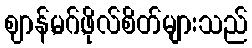
ဈာန်,မဂ်,ဖိုလ်စိတ်များသည်